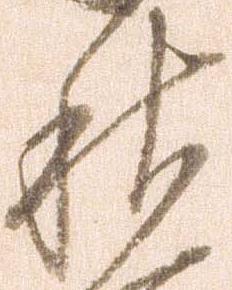
秋